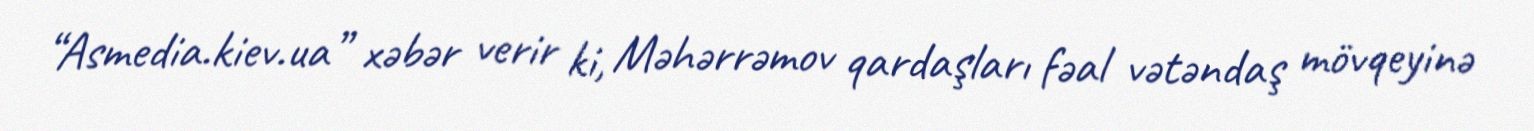
“Asmedia.kiev.ua” xəbər verir ki, Məhərrəmov qardaşları fəal vətəndaş mövqeyinə